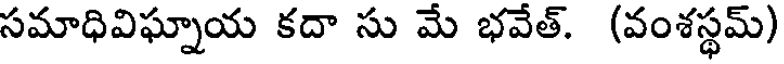
సమాధివిఘ్నాయ కదా సు మే భవేత్. (వంశస్థమ్)